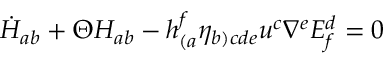
\dot { H } _ { a b } + \Theta H _ { a b } - h _ { ( a } ^ { f } \eta _ { b ) c d e } u ^ { c } \nabla ^ { e } E _ { f } ^ { d } = 0